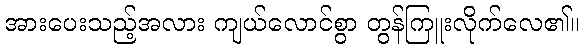
အားပေးသည့်အလား ကျယ်လောင်စွာ တွန်ကြူးလိုက်လေ၏။